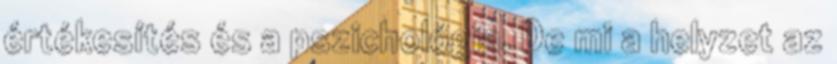
értékesítés és a pszichológia. De mi a helyzet az